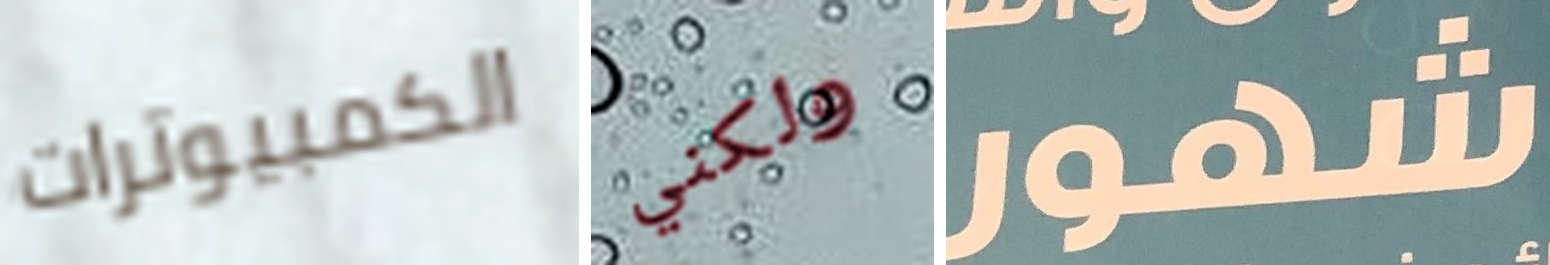
الكمبيوترات ولكني شهور